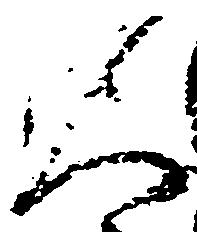
人